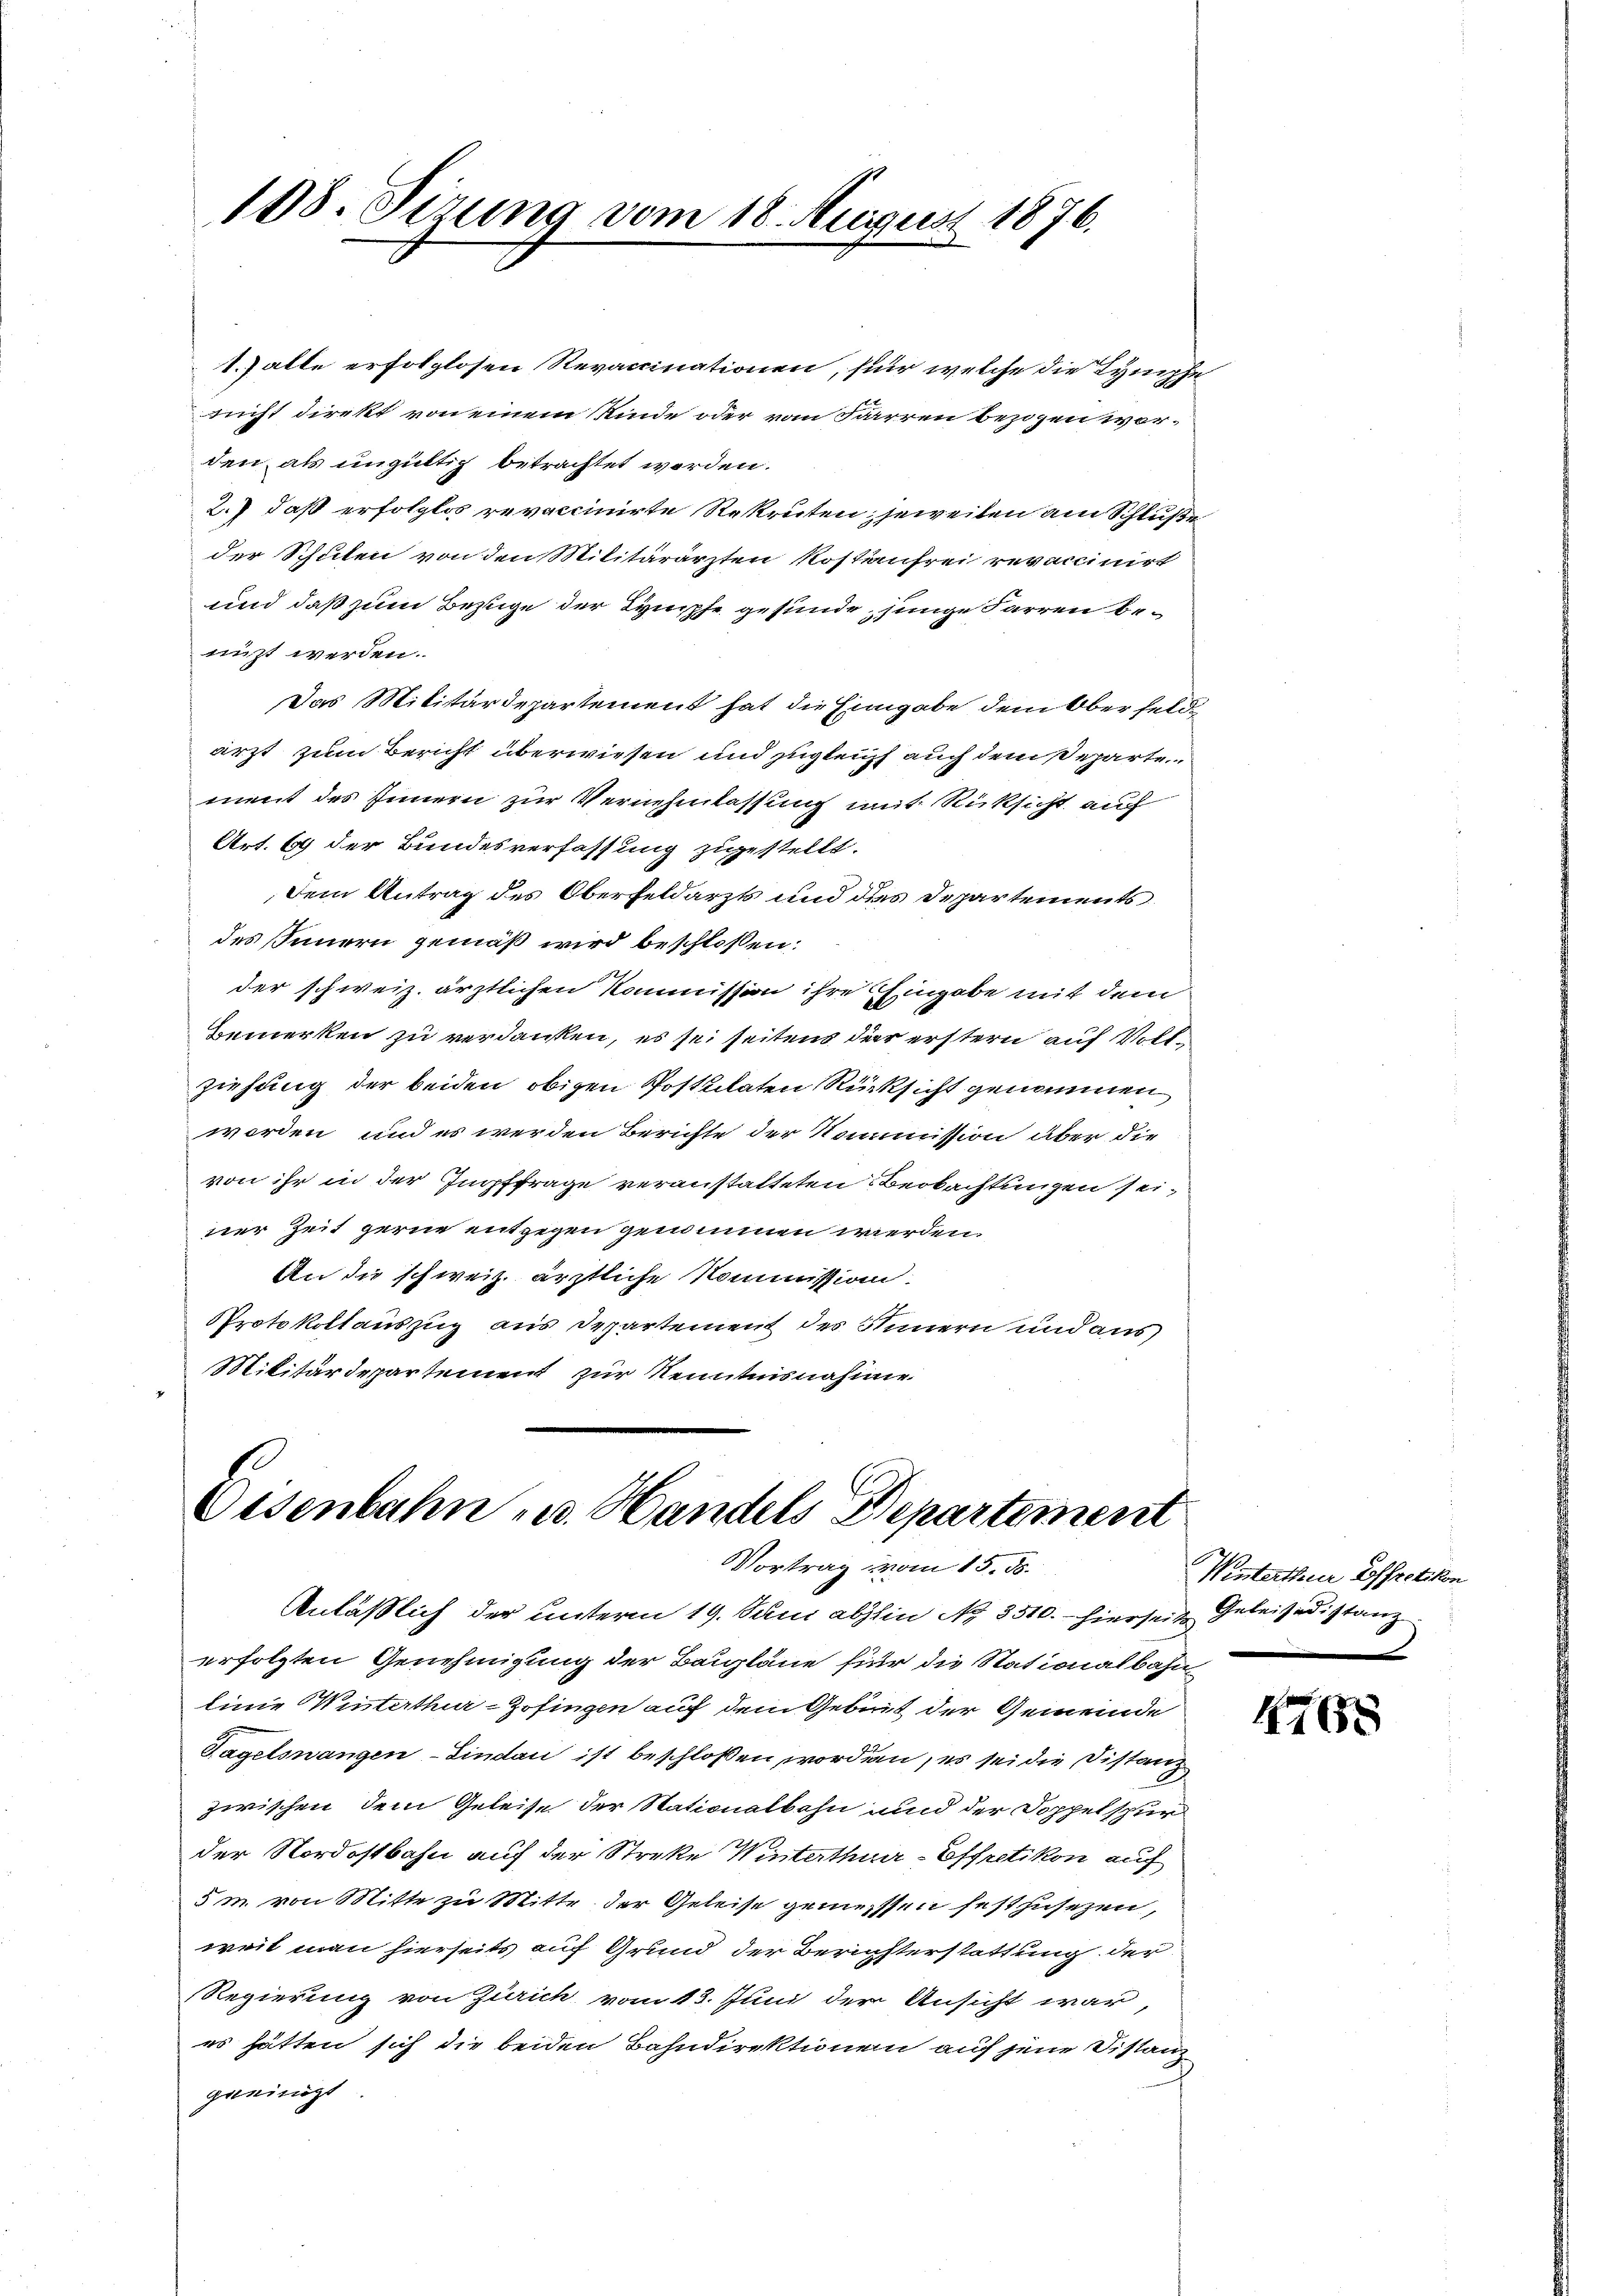
108. Sizung vom 18. August 1876.

1.) alle erfolglosen Revaccinationen, für welche die Symphe
rucht direkt von einem Kinde oder vom Farrren bezogen worden als ungültig betrachtet werden.
2.) daß erfolglos revaccinirte Rekruten; jeweilen am Schluße
der Schulen von den Militärärzten Kostenfrei revaccinirt
und daß zum Bezuge der Lymphe gesunde, junge Parren benizt werden.
Das Militärdepartement hat die Eingabe dem Oberfeld
ärzt zum Bericht überwiesen und zugleich auch dem Departe
ment des Innern zur Vernehmlassung mit Rücksicht auf
Art. 69 der Bundesverfassung zugestellt.
dem Antrag des Oberfeldarzt und des Departements
des Innern gemäß wird beschlossen:
der schweiz. ärztlichen Kommission ihre Eingabe mit dem
bemerken zu verdanken, es sei seitens der erstern auf Vollziehung der beiden obigen Postulaten Rücksicht genommen
worden, und es werden Berichte der Kommission aber die
von ihr in der Impffrage veranstatteten Beobachtungen seiner Zeit gerne entgegen genommen werden.
An die schweiz. ärztliche Kommission.
PProtokollauszug aus Departement des Innern und aus
Militärdepartement zur Kenntnisnahme

Eisenbahn u. Handels Departement
Vortrag vom 15. ds.

Anläßlich der unterm 19. Juni abstin Nr. 3510. hierseit Geleisedistanz
erfolgten Genehmigung der Baupläne für die Stationalbahn
Einie Misterthur–Zofingen auf dem Gebiet der Gemeinde
Tagelsnangen-Lindau ist beschlossen worden, es sei die Distanz
zwischen, dem Geleise der Stationalbahn und der Doppelspur
der Nordostbahn auf der Streke Winterthuer-Offretikon auf
5m. von Mitte zu Mitte der Geleise geniessen festzusezen,
weil man hierseits auf Grund der Berichterstattung der
Regierung von Zürich vom 13. Juni der Ansicht war,
es hätten sich die beiden Bahndirektionen auf jene Distanz
geeinigt

Winterthur Hoffretikon

4765